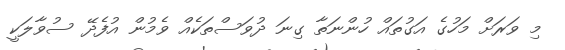
މި ވަރަށް މަހުގެ އަގުތައް ހުންނަތާ ގިނަ ދުވަސްތަކެއް ވެމުން އުފެދޭ ސުވާލަކީ